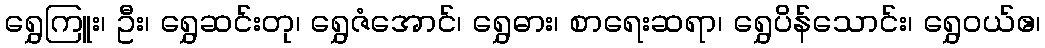
ရွှေကြူး၊ ဦး၊ ရွှေဆင်းတု၊ ရွှေဇံအောင်၊ ရွှေဓား၊ စာရေးဆရာ၊ ရွှေပိန်သောင်း၊ ရွှေဝယ်ဧ၊